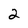
Character: 2